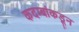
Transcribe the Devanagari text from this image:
कदम्बांकडून